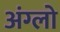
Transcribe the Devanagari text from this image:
अंग्लो